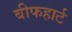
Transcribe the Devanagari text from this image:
बीफहार्ट